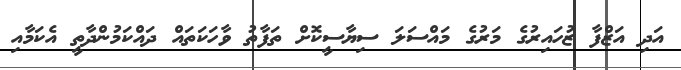
އަދި އަޒްފާ ޒުހައިރުގެ މަރުގެ މައްސަލަ ސިޔާސީކޮށް ތަފާތު ވާހަކަތައް ދައްކަމުންދާތީ އެކަމާއި